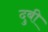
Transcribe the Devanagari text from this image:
दुबी